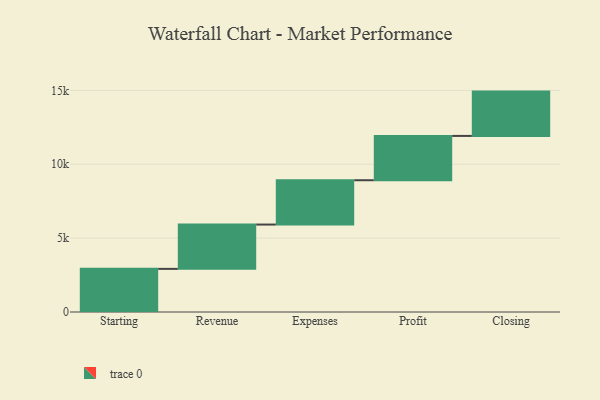
{"axis": {"x": "Step", "y": "Value"}, "legend": [""], "data": [{"x": "Starting", "y": 2920.0, "type": ""}, {"x": "Revenue", "y": 3000, "type": ""}, {"x": "Expenses", "y": 3000, "type": ""}, {"x": "Profit", "y": 3000, "type": ""}, {"x": "Closing", "y": 3000, "type": ""}]}